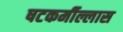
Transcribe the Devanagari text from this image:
षटकर्मील्लास